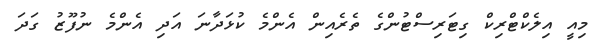
މިއީ އިލެކްޓްރިކް ގިޓަރިސްޓުންގެ ތެރެއިން އެންމެ ކުޅަދާނަ އަދި އެންމެ ނުފޫޒު ގަދަ